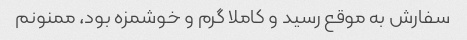
سفارش به موقع رسید و کاملا گرم و خوشمزه بود، ممنونم